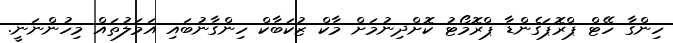
ހިންގާ ހޭޓް ޕްރޮޕަގެންޑާ ޕްރޮމޯޓު ކޮށްދިނުމަށް މާކް ޒުކަބާކް ހިންގާނުބައި އަމަލުތައް މިހުންނަނީ.